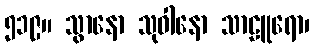
၅၁၉။ သွာနော သုဝါနော သာဠူရော၊